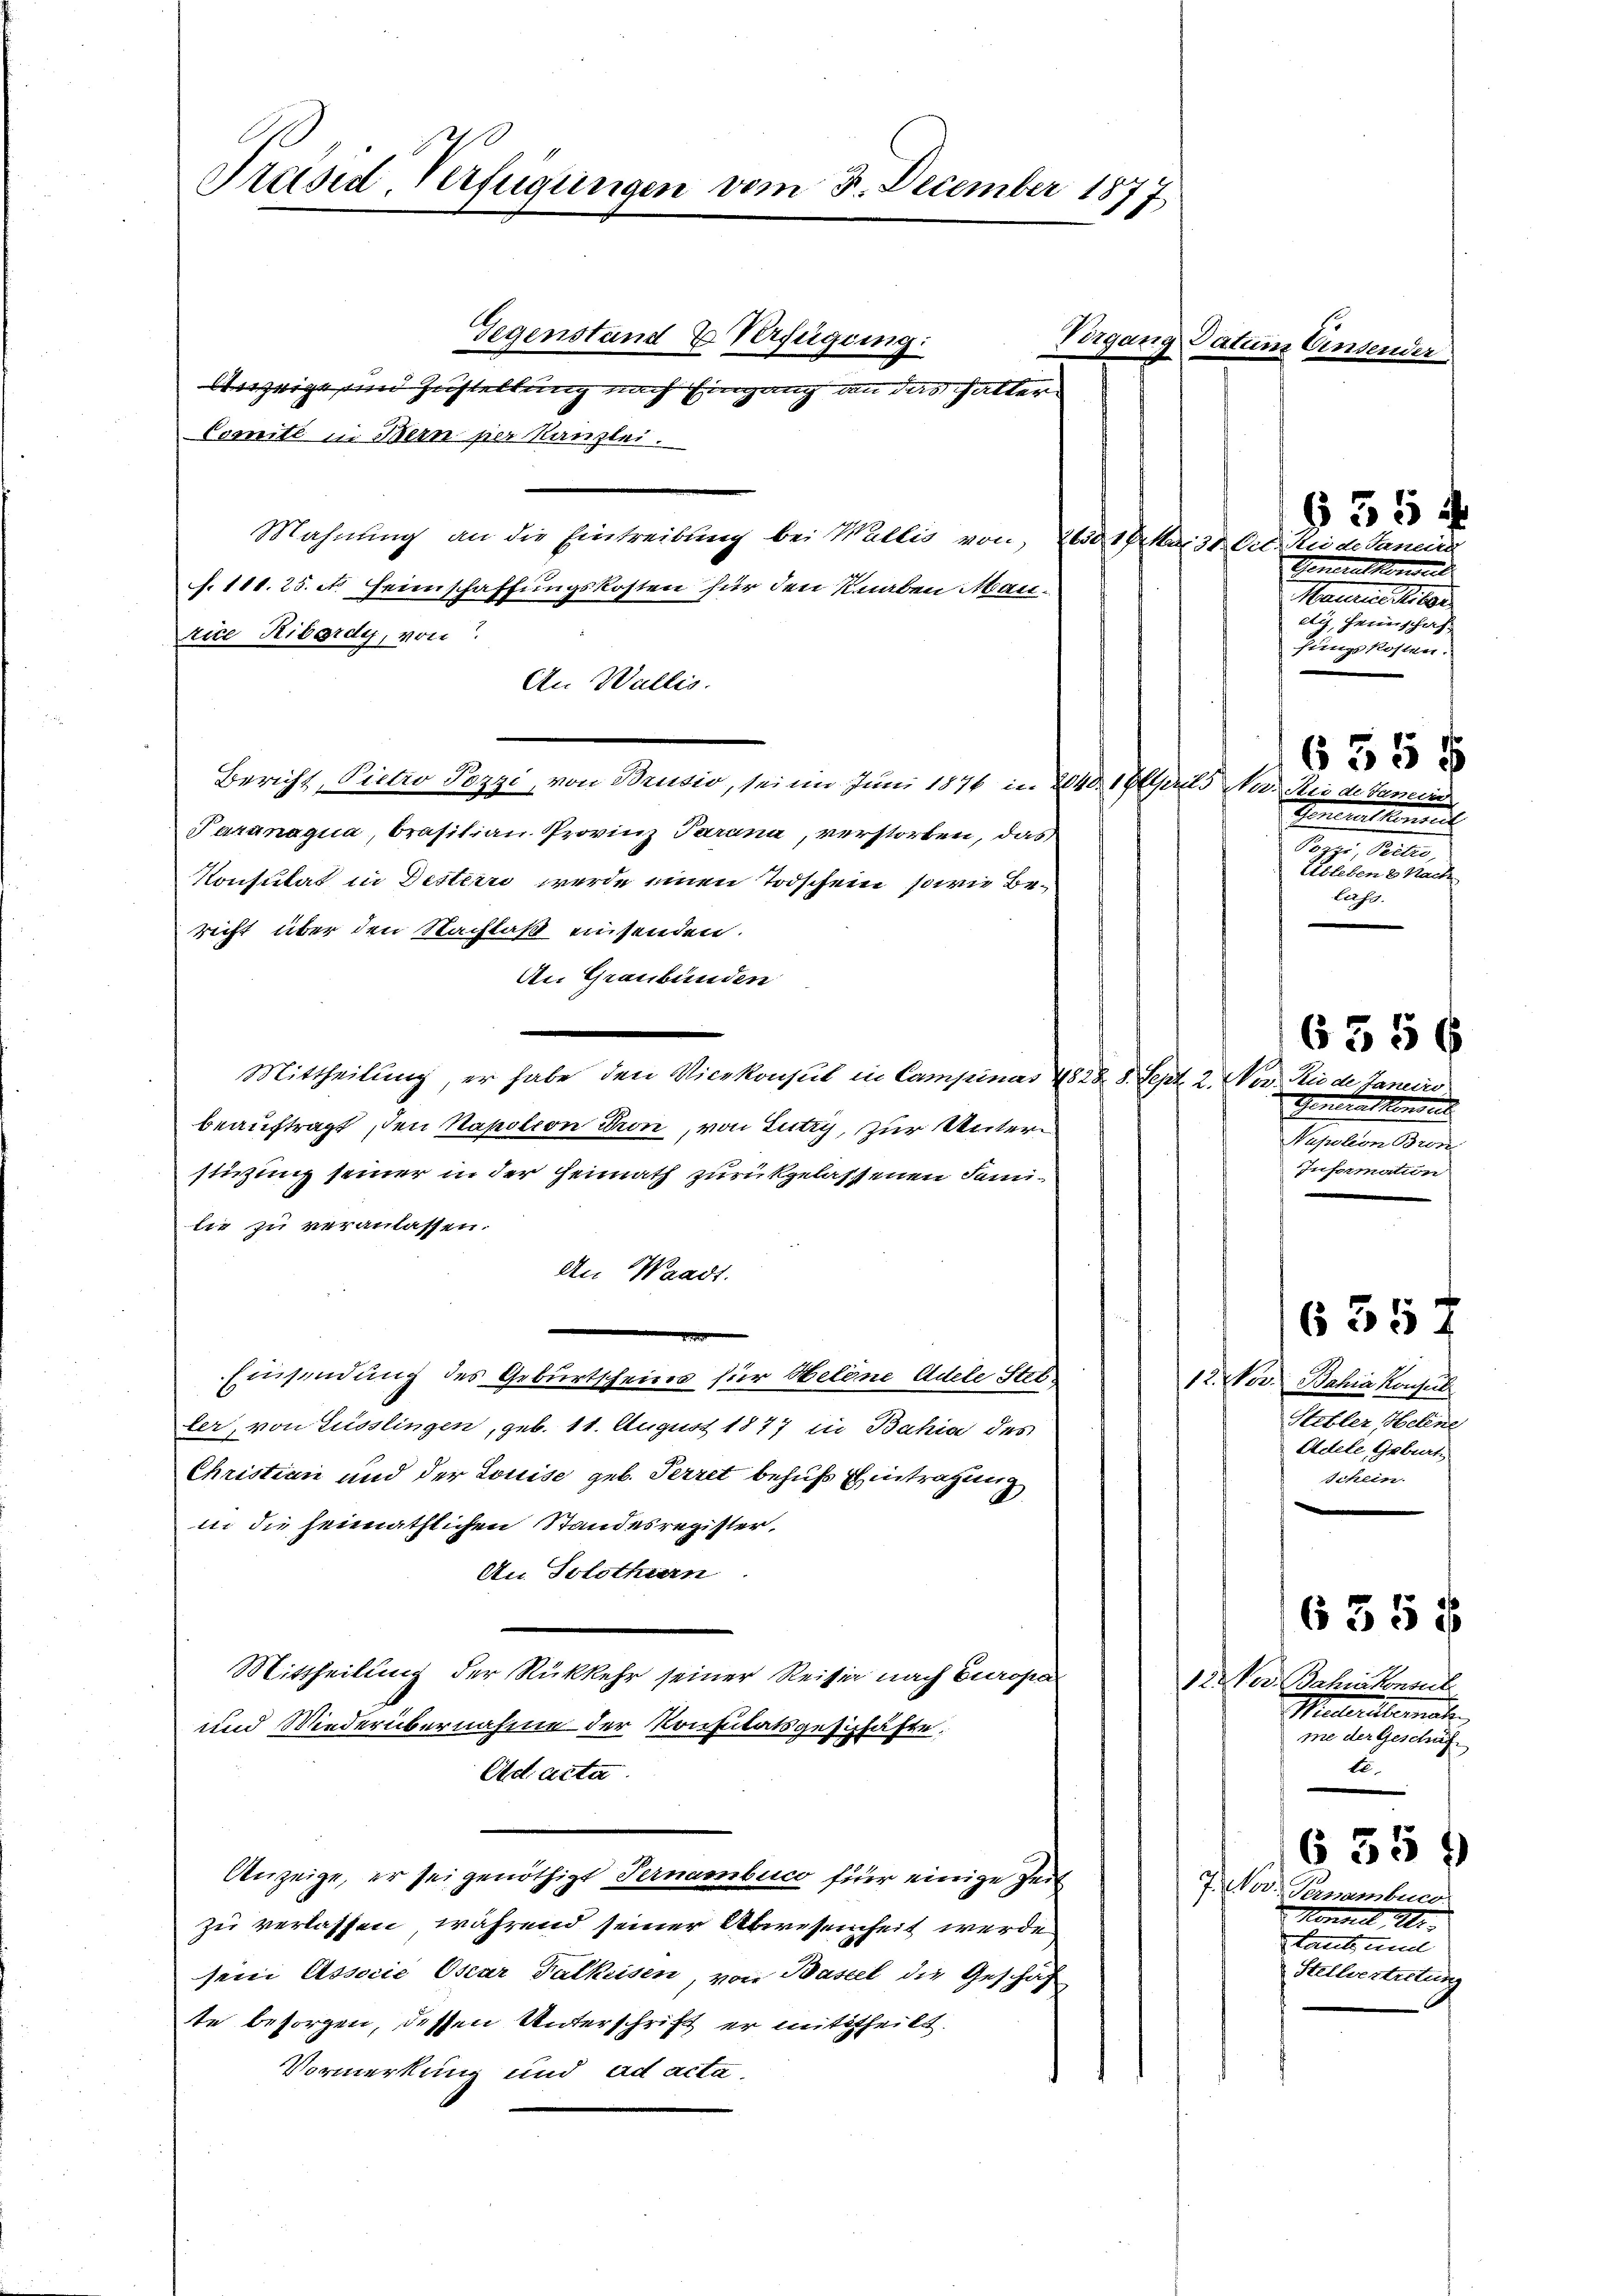
Präsid. Verfügungen vom 3. December 1877.

Comité in Bern per Kanzlei.
Mahnung an die Eintreibung bei Wallis von 20. 19 Mai 30. Oct. Sei de Janeind
. 111. 25. A. Heimschaffungskosten für den Knaben Maurice Kibordy, von
An Wallis.
Bericht, Pietro Pozzi, von Brusio, sei im Juni 1876 in 2040. 19 Aprils Na. Sie de Janein
Pazanaqua, brasitian Provinz Parana, verstorben, das
Konsulat in Bestern werde einen Todschein, sowie Bericht über den Nachlaß einsenden.
An Graubünden
Mittheilung, er habe den Vicekonsul in Campinas 1828. 8. Sept. 2. Nov. Rio de Janeiro
beauftragt, den Napoleon Pron, von Lutry, zur Unterstüzung seiner in der Heimath zurückgelassenen Familie zu veranlassen.
An Waadt.
Einsendung des Geburtscheines für Helene Adele Steller, von Füsslingen, geb. 11. August 1877 in Bahia des
Christian und der Louise geb. Perret behufs Eintragung
in die heimathlichen Standesregister
An Solothurn
Mittheilung der Rükkehr seiner Reisig nach Europa
und Wiederübernahme der Konsulatsgeschäfte.
Ad acta
Anzeige, er sei genöthigt Ternambico für einige Zeit
zu verlassen, während seiner Abwesenheit werde.
sein Associe Oscar Falkeisen, von Basel die Geschäf
te besorgen, dessen Unterschrift er mittheilt.
Vormerkung und ad acta.

Gegenstand & Verfügung:
Anzeige und Zustellung nach Eingang an das halter

Vorgang Datum Einsender

Generalkonsul
Maelectio
ety, Freierschaf
fungskosten.

Foncial kommen
Sept. Seiter,
Ubleben 8. Nach
lass.

6556
Sonnen Momen
Supation Bron
Infermation

12. Der Bahia Konsul
Hebler, Helene
Adele, Geburt,
Schein.

12. der Bahnkonsul
Malerellemah
me der Geschäft
t

7 Nov. Ternembuc
Handell I.
tants und
Stellvertreten

§ 55 f

635 f

6357

635 f

§ 35 f